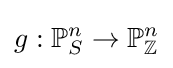
g:\mathbb {P} _{S}^{n}\to \mathbb {P} _{\mathbb {Z} }^{n}